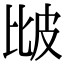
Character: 𤿎